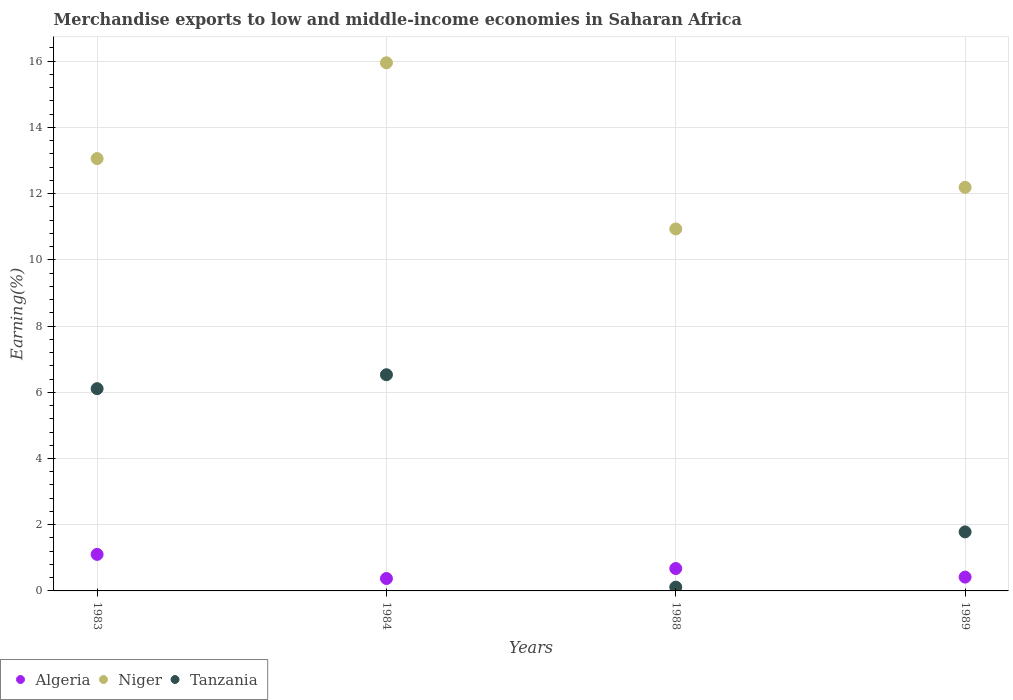
| Years | Algeria | Niger | Tanzania |
 | --- | --- | --- | --- |
 | 1983 | 1.1 | 13.1 | 6.11 |
 | 1984 | 0.375 | 16 | 6.53 |
 | 1988 | 0.677 | 10.9 | 0.115 |
 | 1989 | 0.417 | 12.2 | 1.78 |